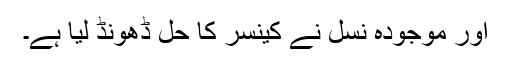
اور موجودہ نسل نے کینسر کا حل ڈھونڈ لیا ہے۔